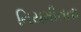
નિયમીતતા